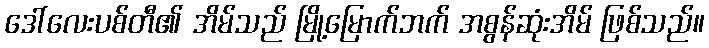
ဒေါ်လေးပစ်တီ၏ အိမ်သည် မြို့မြောက်ဘက် အစွန်ဆုံးအိမ် ဖြစ်သည်။